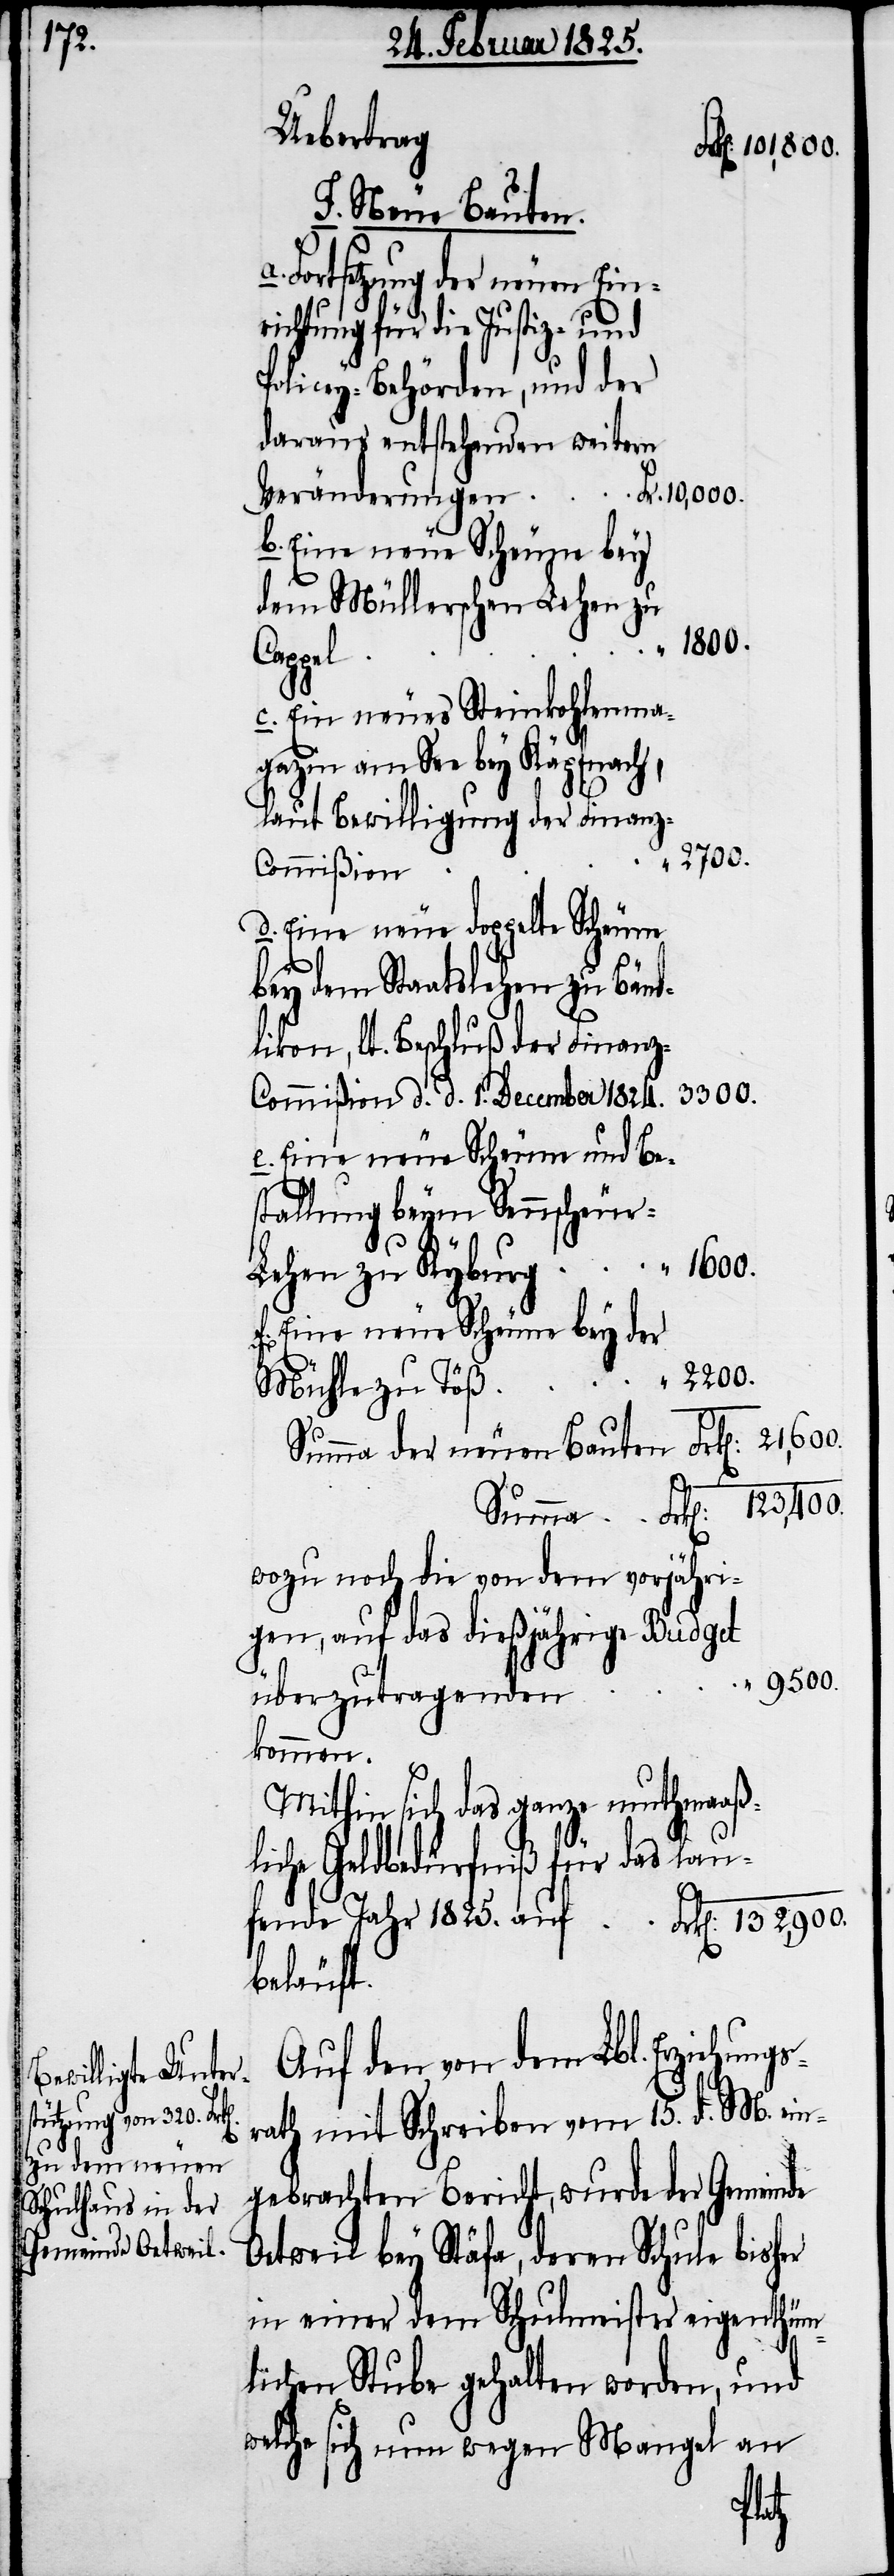
Jahr 1825.
der neuen Bauten
Fortsetzung der neuen Ein¬
richtung für die Justiz- und
Policey-Behörden, und der
daraus entstehenden weitern
b. Eine neue Scheune bey
dem Müllerschen Lehen zu
1600.
Mühle
c. Ein neues Steinkohlenma¬
gazin am See bey Käpfnach,
laut Bewilligung der Finanz-C¬
132,900.
ommißion
d. Eine neue doppelte Scheune
bey dem Staatslehen zu Bänd¬
likon, lt. Beschluß der Finanz-C¬
ommißion d. d. 1. December 1824.
e. Eine neue Scheune und Be¬
stallung beym Sennscheuer-L¬
f. Eine neue Scheune bey der
wozu noch die von dem vorjähri¬
gen, auf das dießjährige Budget
9500.
überzutragenden
Mithin sich das ganze muthmaaßl¬
iche Geldbedürfniß für das lau¬
beläuft.
Auf den von dem Lbl. Erziehungs¬
rath mit Schreiben vom 15. d. M. ein¬
gebrachten Bericht, wurde der Gemeinde
Oetweil bey Stäfa, deren Schule bisher
in einer dem Schulmeister eigenthüm¬
lichen Stube gehalten worden, und
welche sich nun wegen Mangel an
fende